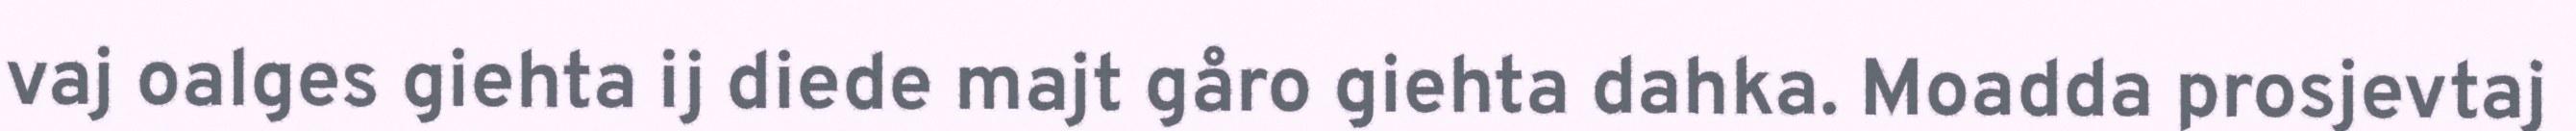
vaj oalges giehta ij diede majt gåro giehta dahka. Moadda prosjevtaj